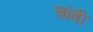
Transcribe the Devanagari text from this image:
चांबी